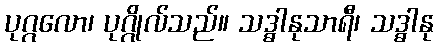
ပုဂ္ဂလော၊ ပုဂ္ဂိုလ်သည်။ သဒ္ဓါနုသာရီ၊ သဒ္ဓါနု